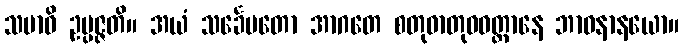
သမာဓိ ဥပ္ပဇ္ဇတိ။ အယံ သင်္ခေပတော အာဂတေ စတုဓာတုဝဝတ္ထာနေ ဘာဝနာနယော။